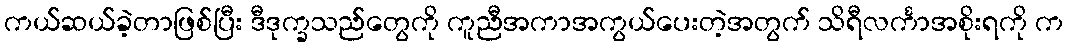
ကယ်ဆယ်ခဲ့တာဖြစ်ပြီး ဒီဒုက္ခသည်တွေကို ကူညီအကာအကွယ်ပေးတဲ့အတွက် သိရီလင်္ကာအစိုးရကို က